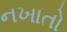
નખાતો